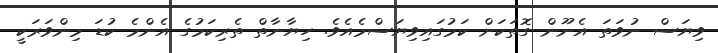
ވިޔަސް ނުވަތަ އެނޫން ގޮތަކަށް ކަމުގައިވިޔަސްމެއެވެ. ހިޔާނާތް ތެރިކަމުގެ އެންމެ ކުޑަ މިންވަރަކީ